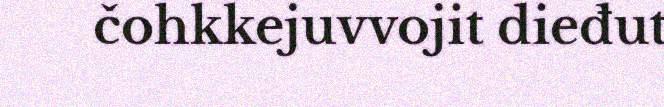
čohkkejuvvojit dieđut